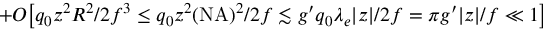
+ O \big [ q _ { 0 } z ^ { 2 } R ^ { 2 } / 2 f ^ { 3 } \le q _ { 0 } z ^ { 2 } ( \mathrm { N A } ) ^ { 2 } / 2 f \lesssim g ^ { \prime } q _ { 0 } \lambda _ { e } | z | / 2 f = \pi g ^ { \prime } | z | / f \ll 1 \big ]